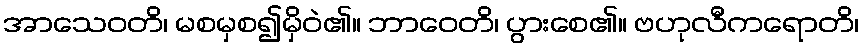
အာသေဝတိ၊ မစမှစ၍မှိဝဲ၏။ ဘာဝေတိ၊ ပွားစေ၏။ ဗဟုလီကရောတိ၊